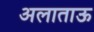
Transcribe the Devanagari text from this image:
अलाताऊ